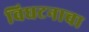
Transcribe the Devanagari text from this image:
विघटनाचा